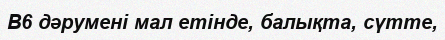
В6 дәрумені мал етінде, балықта, сүтте,